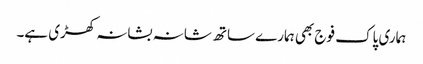
ہماری پاک فوج بھی ہمارے ساتھ شانہ بشانہ کھڑی ہے۔